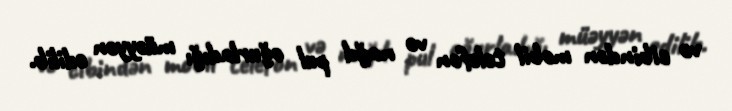
və cibindən mobil telefon və nağd pul oğurladığı müəyyən edilib.